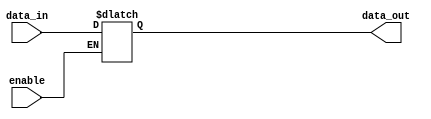
module io_buffer (
    input wire data_in,
    input wire enable,
    output reg data_out
);

always @(data_in, enable) begin
    if (enable) begin
        data_out <= data_in;
    end
end

endmodule